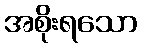
အစိုးရသော